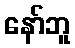
နော်ဘူ